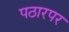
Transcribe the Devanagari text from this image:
पठारपर